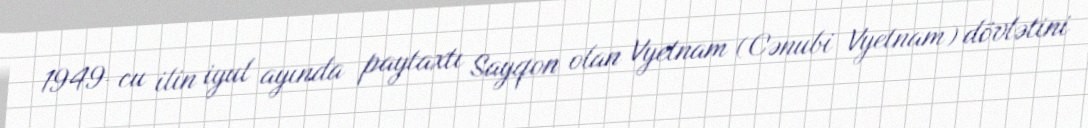
1949-cu ilin iyul ayında paytaxtı Sayqon olan Vyetnam (Cənubi Vyetnam) dövlətini